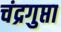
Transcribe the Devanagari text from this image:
चंद्रगुप्ता